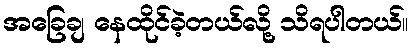
အခြေချ နေထိုင်ခဲ့တယ်လို့ သိရပါတယ်။